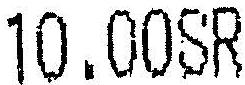
10.00SR